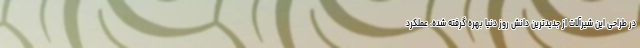
در طراحی این شیرآلات از جدیدترین دانش روز دنیا بهره گرفته شده، عملکرد